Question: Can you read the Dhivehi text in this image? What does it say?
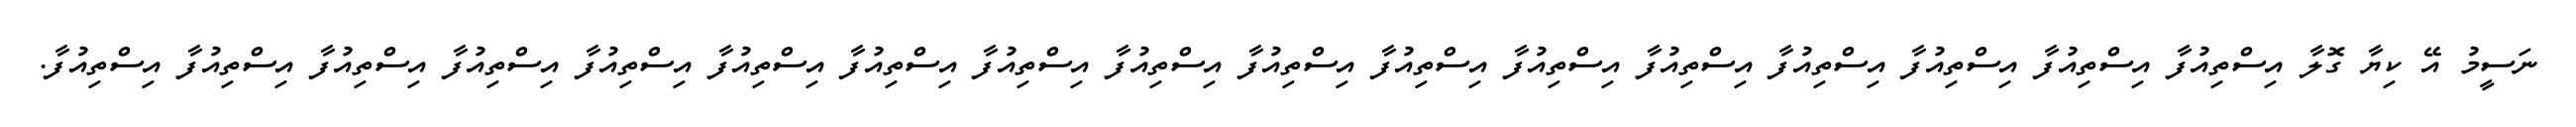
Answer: ނަސީމު އޭ ކިޔާ ގޮލާ އިސްތިއުފާ އިސްތިއުފާ އިސްތިއުފާ އިސްތިއުފާ އިސްތިއުފާ އިސްތިއުފާ އިސްތިއުފާ އިސްތިއުފާ އިސްތިއުފާ އިސްތިއުފާ އިސްތިއުފާ އިސްތިއުފާ އިސްތިއުފާ އިސްތިއުފާ އިސްތިއުފާ އިސްތިއުފާ އިސްތިއުފާ.